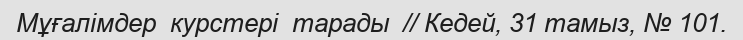
Мұғалімдер  курстері  тарады  // Кедей, 31 тамыз, № 101.